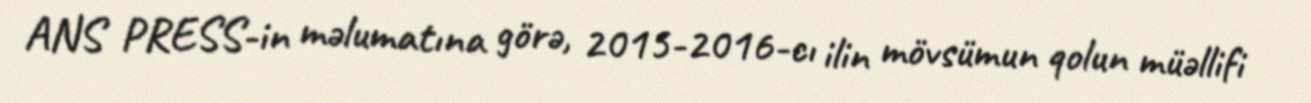
ANS PRESS-in məlumatına görə, 2015-2016-cı ilin mövsümun qolun müəllifi